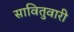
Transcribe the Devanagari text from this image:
सावितुवारी